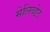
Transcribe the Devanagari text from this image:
मेलिब्डेट